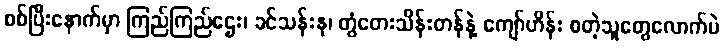
စစ်ပြီးနောက်မှာ ကြည်ကြည်ဌေး၊ ခင်သန်းနု၊ တွံတေးသိန်းတန်နဲ့ ကျော်ဟိန်း စတဲ့သူတွေလောက်ပဲ